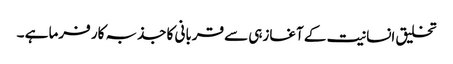
تخلیق انسانیت کے آغازہی سے قربانی کا جذبہ کار فرما ہے ۔